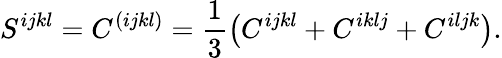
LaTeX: S^{ijkl}=C^{(ijkl)}=\frac 13\left(C^{ijkl}+C^{iklj}+C^{iljk}\right).